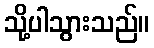
သို့ပါသွားသည်။